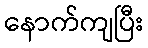
နောက်ကျပြီး